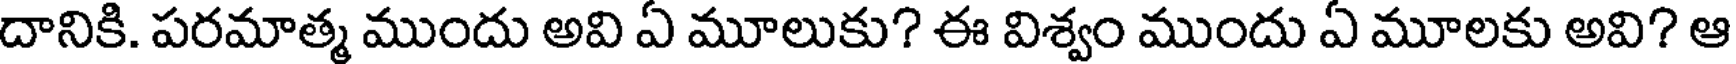
దానికి. పరమాత్మ ముందు అవి ఏ మూలుకు? ఈ విశ్వం ముందు ఏ మూలకు అవి? ఆ